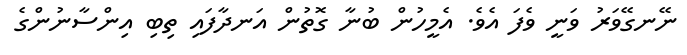
ނޭނގޭވަރު ވަނީ ވެފަ އެވެ. އެމީހުން ބުނާ ގޮތުން އަނދާފައި ތިބި އިންސާނުންގެ